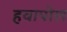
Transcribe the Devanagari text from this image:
हवापोल